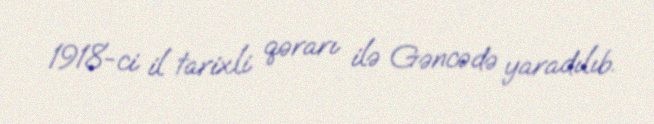
1918-ci il tarixli qərarı ilə Gəncədə yaradılıb.